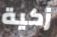
زكية